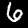
Digit: 6